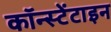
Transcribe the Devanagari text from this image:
कॉन्स्टेंटाइन